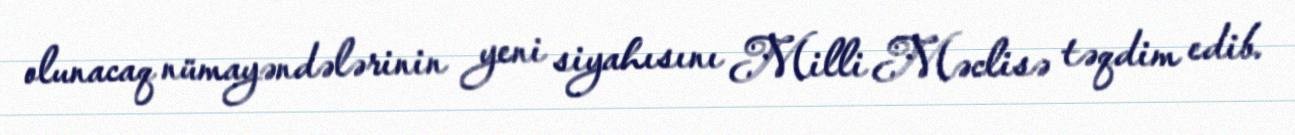
olunacaq nümayəndələrinin yeni siyahısını Milli Məclisə təqdim edib.